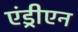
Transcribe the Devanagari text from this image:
एंड्रीएन